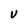
Character: V